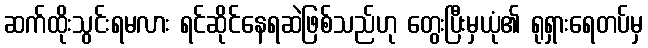
ဆက်ထိုးသွင်းရမလား ရင်ဆိုင်နေရဆဲဖြစ်သည်ဟု တွေးပြီးမှယုံ၏ ရုရှားရေတပ်မှ